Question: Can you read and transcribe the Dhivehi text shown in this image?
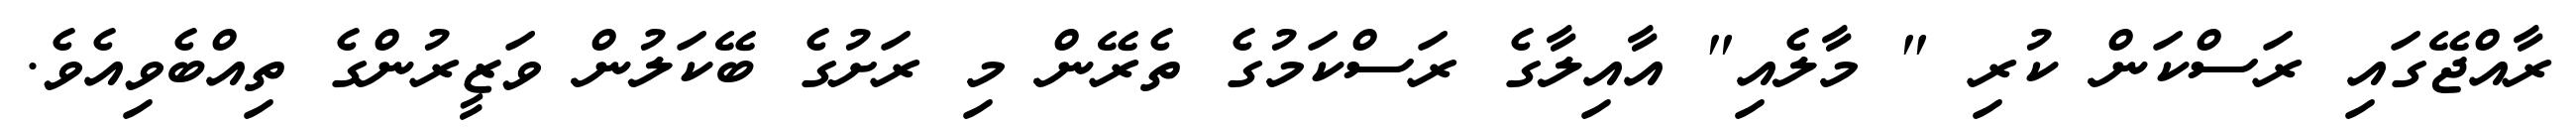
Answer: ރާއްޖޭގައި ރަސްކަން ކުރި " މާލެއި" އާއިލާގެ ރަސްކަމުގެ ތެރޭން މި ރަށުގެ ބޭކަލުން ވަޒީރުންގެ ތިއްބެވިއެވެ.